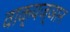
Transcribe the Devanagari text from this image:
वाक्यज्ञान